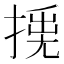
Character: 𢰛